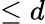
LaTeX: \leq d